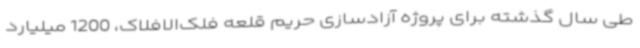
طی سال گذشته برای پروژه آزادسازی حریم قلعه فلک‌الافلاک، 1200 میلیارد